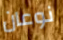
نوعان